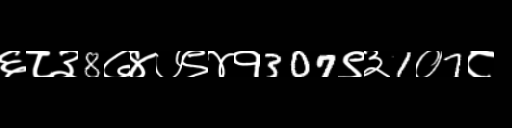
Text: ६८३8७४७९४१307९३1०7८